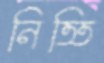
নিত্তি